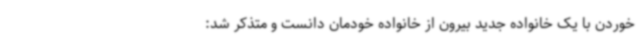
خوردن با یک خانواده جدید بیرون از خانواده خودمان دانست و متذکر شد: